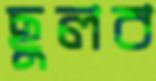
ছুলব